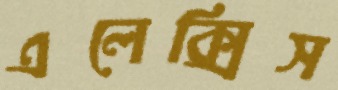
এলেক্সিস